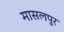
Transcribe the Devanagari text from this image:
मासलपुर